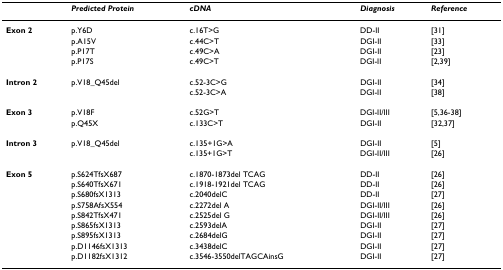
<table><thead><tr><td></td><td><b><i>Predicted Protein</i></b></td><td><b><i>cDNA</i></b></td><td><b><i>Diagnosis</i></b></td><td><b><i>Reference</i></b></td></tr></thead><tbody><tr><td><b>Exon 2</b></td><td>p.Y6D</td><td>c.16T&gt;G</td><td>DD-II</td><td>[31]</td></tr><tr><td></td><td>p.A15V</td><td>c.44C&gt;T</td><td>DGI-II</td><td>[33]</td></tr><tr><td></td><td>p.P17T</td><td>c.49C&gt;A</td><td>DGI-II</td><td>[23]</td></tr><tr><td></td><td>p.P17S</td><td>c.49C&gt;T</td><td>DGI-II</td><td>[2,39]</td></tr><tr><td><b>Intron 2</b></td><td>p.V18_Q45del</td><td>c.52-3C&gt;G</td><td>DGI-II</td><td>[34]</td></tr><tr><td></td><td></td><td>c.52-3C&gt;A</td><td>DGI-II</td><td>[38]</td></tr><tr><td><b>Exon 3</b></td><td>p.V18F</td><td>c.52G&gt;T</td><td>DGI-II/III</td><td>[5,36-38]</td></tr><tr><td></td><td>p.Q45X</td><td>c.133C&gt;T</td><td>DGI-II</td><td>[32,37]</td></tr><tr><td><b>Intron 3</b></td><td>p.V18_Q45del</td><td>c.135+1G&gt;A</td><td>DGI-II</td><td>[5]</td></tr><tr><td></td><td></td><td>c.135+1G&gt;T</td><td>DGI-II/III</td><td>[26]</td></tr><tr><td><b>Exon 5</b></td><td>p.S624TfsX687</td><td>c.1870-1873del TCAG</td><td>DD-II</td><td>[26]</td></tr><tr><td></td><td>p.S640TfsX671</td><td>c.1918-1921del TCAG</td><td>DD-II</td><td>[26]</td></tr><tr><td></td><td>p.S680fsX1313</td><td>c.2040delC</td><td>DD-II</td><td>[27]</td></tr><tr><td></td><td>p.S758AfsX554</td><td>c.2272del A</td><td>DGI-II/III</td><td>[26]</td></tr><tr><td></td><td>p.S842TfsX471</td><td>c.2525del G</td><td>DGI-II/III</td><td>[26]</td></tr><tr><td></td><td>p.S865fsX1313</td><td>c.2593delA</td><td>DGI-II</td><td>[27]</td></tr><tr><td></td><td>p.S895fsX1313</td><td>c.2684delG</td><td>DGI-II</td><td>[27]</td></tr><tr><td></td><td>p.D1146fsX1313</td><td>c.3438delC</td><td>DGI-II</td><td>[27]</td></tr><tr><td></td><td>p.D1182fsX1312</td><td>c.3546-3550delTAGCAinsG</td><td>DGI-II</td><td>[27]</td></tr></tbody></table>